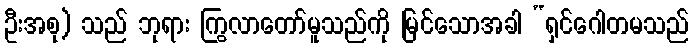
ဦးအစု) သည် ဘုရား ကြွလာတော်မူသည်ကို မြင်သောအခါ “ရှင်ဂေါတမသည်